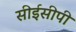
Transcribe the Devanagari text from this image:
सीईसीपी